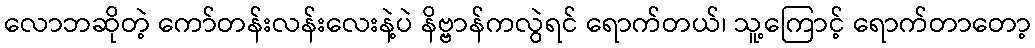
လောဘဆိုတဲ့ ကော်တန်းလန်းလေးနဲ့ပဲ နိဗ္ဗာန်ကလွဲရင် ရောက်တယ်၊ သူ့ကြောင့် ရောက်တာတော့